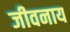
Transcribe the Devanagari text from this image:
जीवनाय